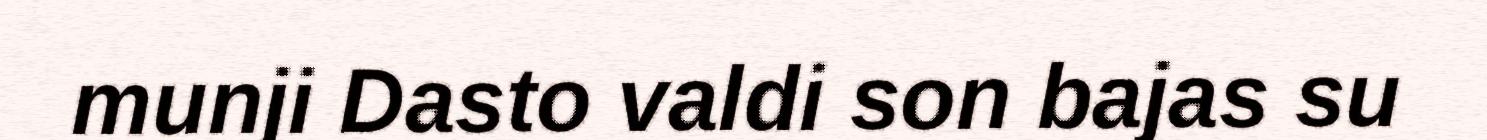
munji Dasto valdi son bajas su